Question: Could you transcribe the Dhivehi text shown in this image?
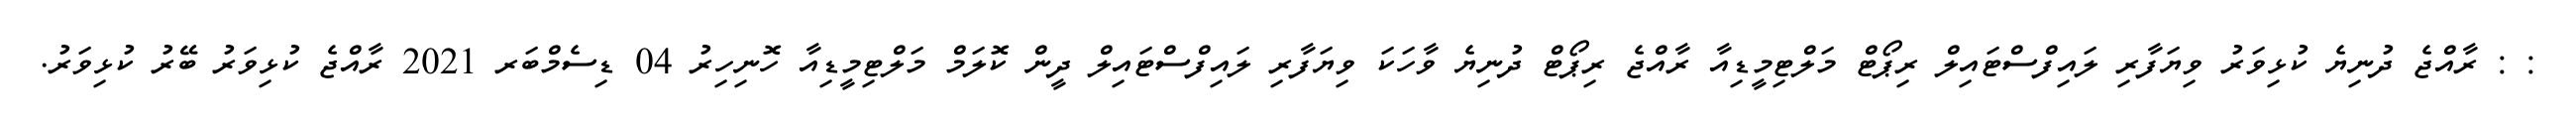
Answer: : : ރާއްޖެ ދުނިޔެ ކުޅިވަރު ވިޔަފާރި ލައިފްސްޓައިލް ރިޕޯޓް މަލްޓިމީޑިއާ ރާއްޖެ ރިޕޯޓް ދުނިޔެ ވާހަކަ ވިޔަފާރި ލައިފްސްޓައިލް ދީން ކޮލަމް މަލްޓިމީޑިއާ ހޮނިހިރު 04 ޑިސެމްބަރ 2021 ރާއްޖެ ކުޅިވަރު ބޭރު ކުޅިވަރު.